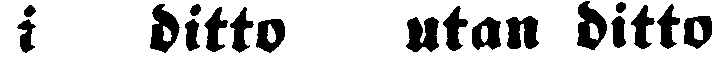
i ditto utan ditto,